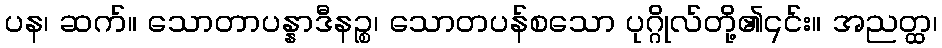
ပန၊ ဆက်။ သောတာပန္နာဒီနဉ္စ၊ သောတပန်စသော ပုဂ္ဂိုလ်တို့၏၎င်း။ အညတ္ထ၊